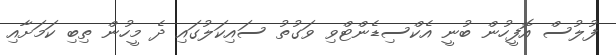
ފުލުސް އޮފީހުން ބުނީ އެކްސިޑެންޓްވި ވަގުތު ސައިކަލުގައި ދެ މީހުން ތިބި ކަމަށާއި